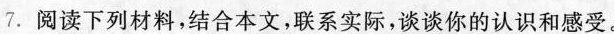
7. 阅读下列材料，结合本文，联系实际，谈谈你的认识和感受。